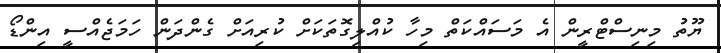
ޔޫތު މިނިސްޓްރީން އެ މަސައްކަތް މިހާ ކުއްލިގޮތަކަށް ކުރިއަށް ގެންދަން ހަމަޖެއްސީ އިންޑޯ